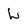
Character: L